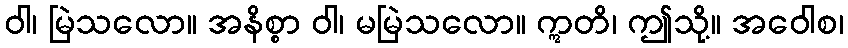
ဝါ၊ မြဲသလော။ အနိစ္စာ ဝါ၊ မမြဲသလော။ ဣတိ၊ ဤသို့။ အဝေါစ၊